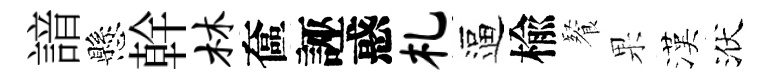
諳懸幹林奩誣惑札逼楡餐果漢洑